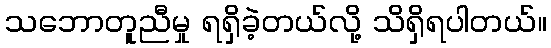
သဘောတူညီမှု ရရှိခဲ့တယ်လို့ သိရှိရပါတယ်။